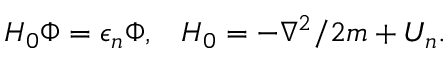
H _ { 0 } \Phi = \epsilon _ { n } \Phi , \; \; \; H _ { 0 } = - \nabla ^ { 2 } / 2 m + U _ { n } .